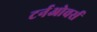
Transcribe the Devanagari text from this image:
टर्नओवर्स